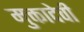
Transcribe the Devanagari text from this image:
मुक्तादेवी